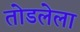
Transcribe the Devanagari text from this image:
तोडलेला